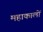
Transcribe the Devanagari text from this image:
महाकालों